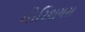
મોરિશયસ